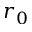
r _ { 0 }